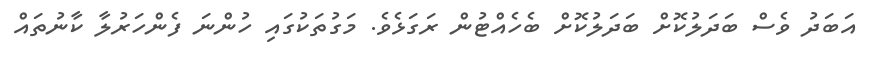
އަބަދު ވެސް ބަދަލުކޮށް ބަދަލުކޮށް ބެހެއްޓުން ރަގަޅެވެ. މަގުތަކުގައި ހުންނަ ފެންހަރުލާ ކާނުތައް